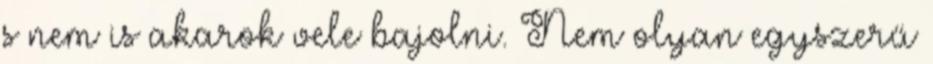
s nem is akarok vele bajolni. Nem olyan egyszerű